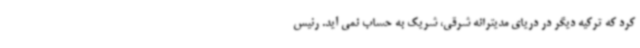
کرد که ترکیه دیگر در دریای مدیترانه شرقی، شریک به حساب نمی آید. رئیس